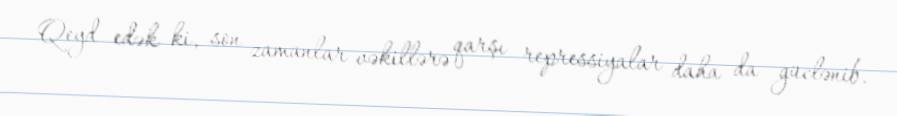
Qeyd edək ki, son zamanlar vəkillərə qarşı repressiyalar daha da güclənib.